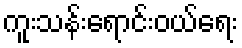
ကူးသန်းရောင်းဝယ်ရေး